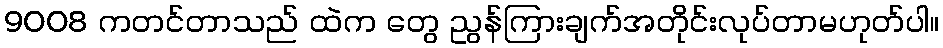
9008 ကတင်တာသည် ထဲက တွေ ညွန်ကြားချက်အတိုင်းလုပ်တာမဟုတ်ပါ။